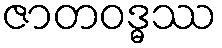
ဇာတဝဒ္ဓဿ